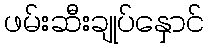
ဖမ်းဆီးချုပ်နှောင်